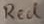
Text: Red